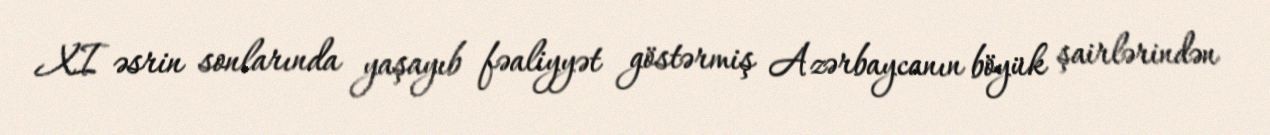
XI əsrin sonlarında yaşayıb fəaliyyət göstərmiş Azərbaycanın böyük şairlərindən